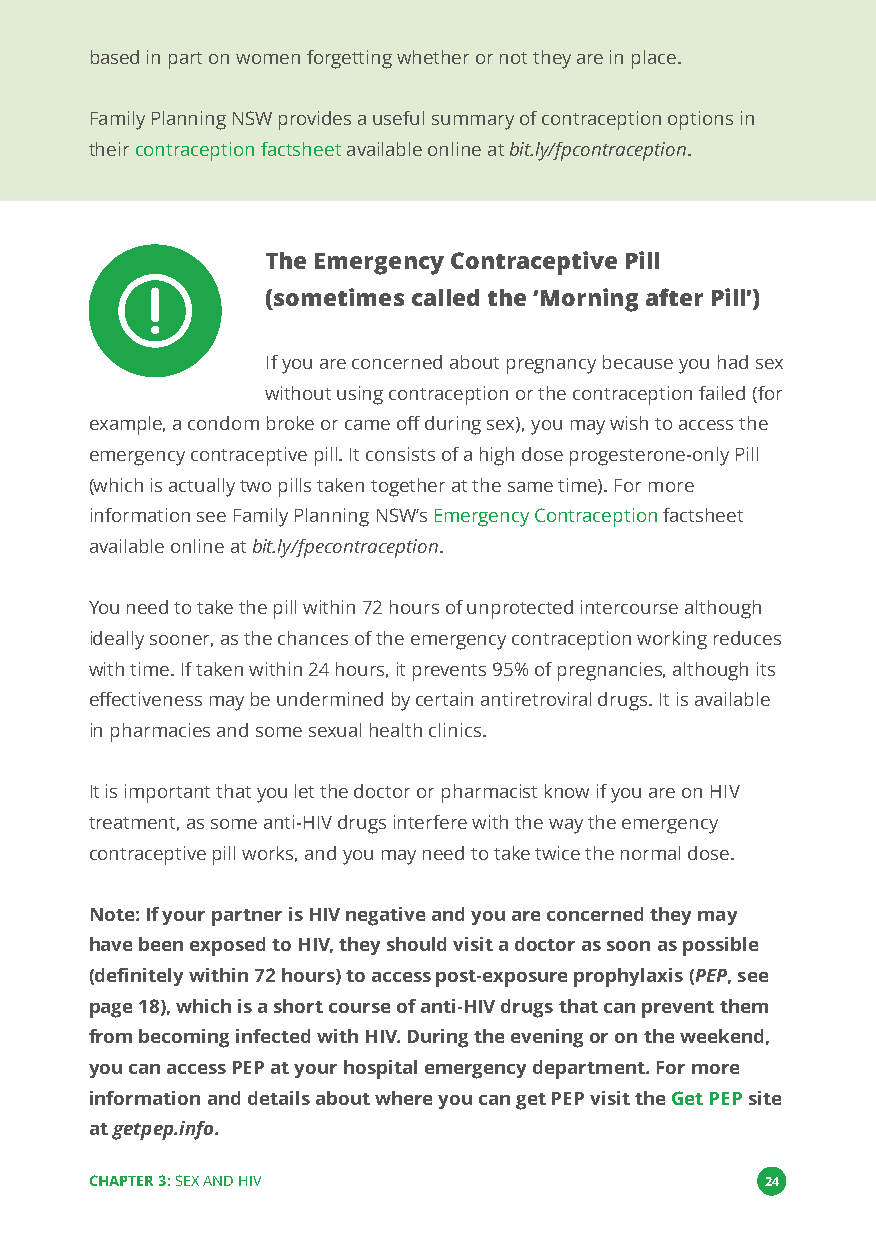
based in part on women forgetting whether or not they are in place.
 Family Planning NSW provides a useful summary of contraception options in
 theircontraception factsheetavailable online atbit.ly/fpcontraception.
 The Emergency Contraceptive Pill
 (sometimes called the‘Morning after Pill’)
 If you are concerned about pregnancy because you had sex
 without using contraception or the contraception failed (for
 example, a condom broke or came off during sex), you may wish to access the
 emergency contraceptive pill. It consists of a high dose progesterone-only Pill
 (which is actually two pills taken together at the same time). For more
 information see Family Planning NSW’sEmergency Contraceptionfactsheet
 available online atbit.ly/fpecontraception.
 You need to take the pill within 72 hours of unprotected intercourse although
 ideally sooner, as the chances of the emergency contraception working reduces
 with time. If taken within 24 hours, it prevents 95% of pregnancies, although its
 effectiveness may be undermined by certain antiretroviral drugs. It is available
 in pharmacies and some sexual health clinics.
 It is important that you let the doctor or pharmacist know if you are on HIV
 treatment, as some anti-HIV drugs interfere with the way the emergency
 contraceptive pill works, and you may need to take twice the normal dose.
 Note: If your partner is HIV negative and you are concerned they may
 have been exposed to HIV, they should visit a doctor as soon as possible
 (definitely within 72 hours) to access post-exposure prophylaxis (PEP, see
 page 18), which is a short course of anti-HIV drugs that can prevent them
 from becoming infected with HIV. During the evening or on the weekend,
 you can access PEP at your hospital emergency department. For more
 information and details about where you can get PEP visit theGet PEPsite
 atgetpep.info.
 CHAPTER 3:SEX AND HIV                        24